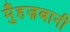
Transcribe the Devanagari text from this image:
मुँहज़बानी